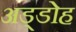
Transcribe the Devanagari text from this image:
अड्डोह